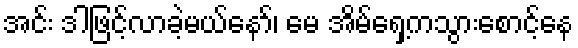
အင်း ဒါဖြင့်လာခဲ့မယ်နော်၊ မေ အိမ်ရှေ့ကသွားစောင့်နေ